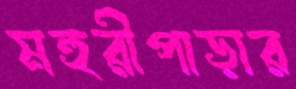
মহুরীপাড়ার